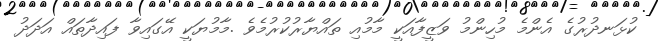
ކުޅަނދުރުގެ އެންމެ މުހިންމު ވަޒީފާއަކީ މާމުއި ތައްޔާރުކުރުމެވެ .މާމުޔަކީ އޭގައިވާ ފައިދާތައް އަދަދު